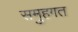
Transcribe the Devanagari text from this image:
समुहगत